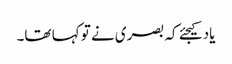
یاد کیجئے کہ بصری نے تو کہا تھا۔